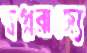
স্বপ্নরাজ্যে